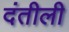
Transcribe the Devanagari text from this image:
दंतीली